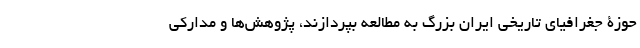
حوزۀ جغرافیای تاریخی ایران بزرگ به مطالعه بپردازند، پژوهش‌ها و مدارکی